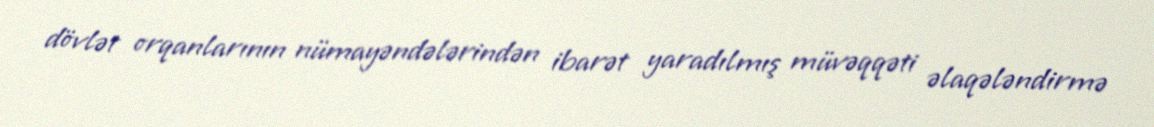
dövlət orqanlarının nümayəndələrindən ibarət yaradılmış müvəqqəti əlaqələndirmə